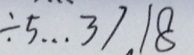
\div 5 \cdots 3 7 . 1 8